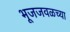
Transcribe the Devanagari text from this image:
भूजजवळच्या